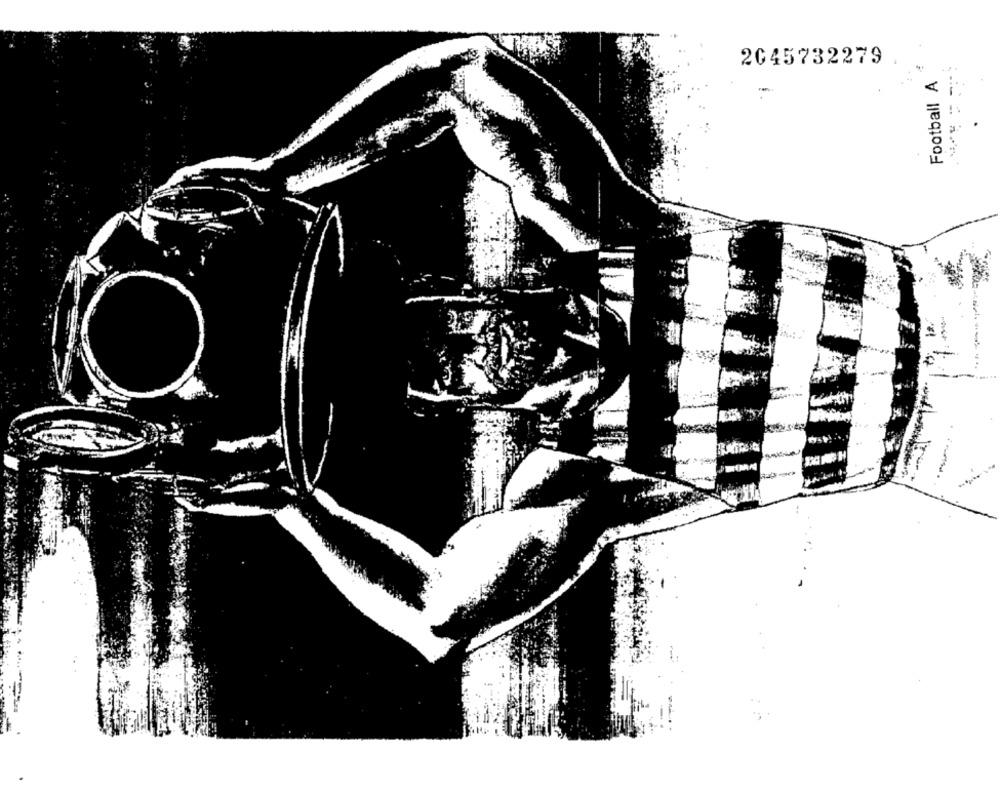
2045732279
Football A